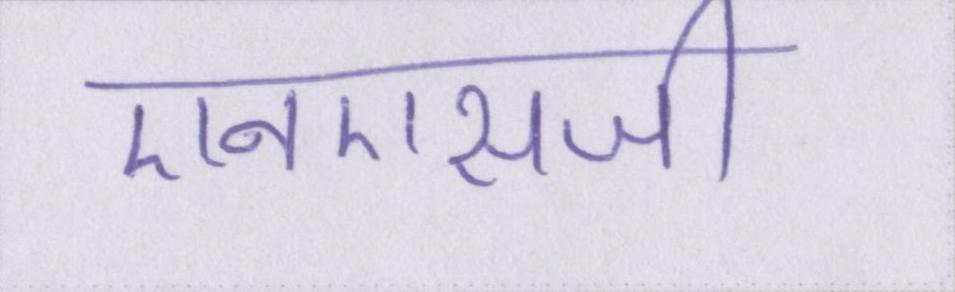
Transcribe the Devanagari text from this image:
एनएसजी